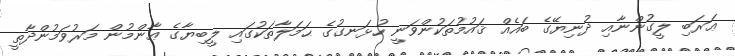
ޢަރަބި ލީގުންނާއި ދުނިޔޭގެ ބައެއް ޤައުމުތަކުންވަނީ ހުޅަނގުގެ ޙަމަލާތަކުގައި ލީބިޔާގެ ޢާންމުން މަރުވަމުންދާތީ